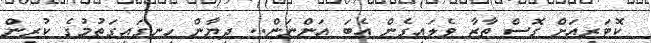
ކޮޓަރިއަށް ގޮސް ތާޒާ ވެލައިގެން އެބަ އަންނަން.. ދިޔާން ހިނގައިގަތުމުގެ ކުރިން